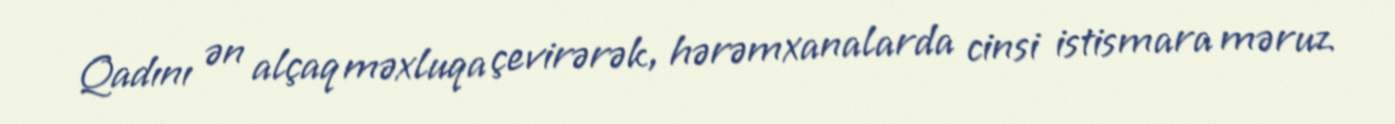
Qadını ən alçaq məxluqa çevirərək, hərəmxanalarda cinsi istismara məruz